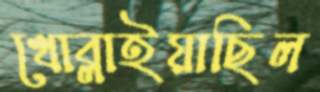
খোব্‌লাইয়াছিল